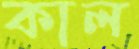
কাল